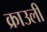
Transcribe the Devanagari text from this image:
क्राउली